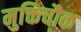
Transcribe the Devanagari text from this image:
मुक्तिचौक